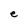
Character: e